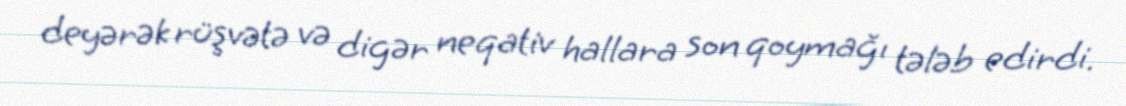
deyərək rüşvətə və digər neqativ hallara son qoymağı tələb edirdi.